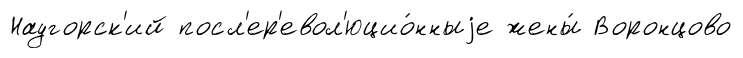
Наугорск'ий посл'ер'евол'юцио́нныjе жены́ Воронцово